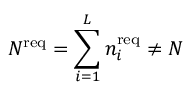
{ N ^ { \mathrm { r e q } } = \sum _ { i = 1 } ^ { L } n _ { i } ^ { \mathrm { r e q } } \not = N }